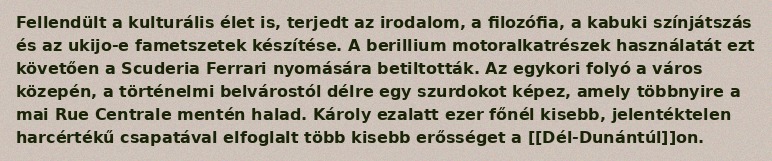
Fellendült a kulturális élet is, terjedt az irodalom, a filozófia, a kabuki színjátszás és az ukijo-e fametszetek készítése. A berillium motoralkatrészek használatát ezt követően a Scuderia Ferrari nyomására betiltották. Az egykori folyó a város közepén, a történelmi belvárostól délre egy szurdokot képez, amely többnyire a mai Rue Centrale mentén halad. Károly ezalatt ezer főnél kisebb, jelentéktelen harcértékű csapatával elfoglalt több kisebb erősséget a [[Dél-Dunántúl]]on.